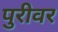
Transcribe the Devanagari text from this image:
पुरीवर